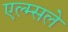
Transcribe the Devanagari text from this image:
एल्म्सले